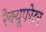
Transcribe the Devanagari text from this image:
रेक्यूपरेटर